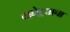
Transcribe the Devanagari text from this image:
वाघेऱ्याचा